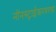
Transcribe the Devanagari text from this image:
नॉनस्ट्राईकरवरचा